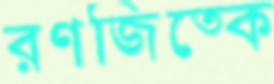
রণজিত্কে